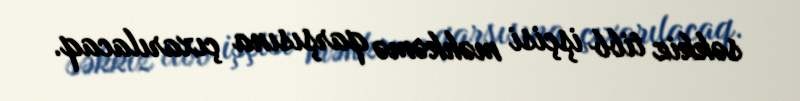
səkkiz tibb işçisi məhkəmə qarşısına çıxarılacaq.